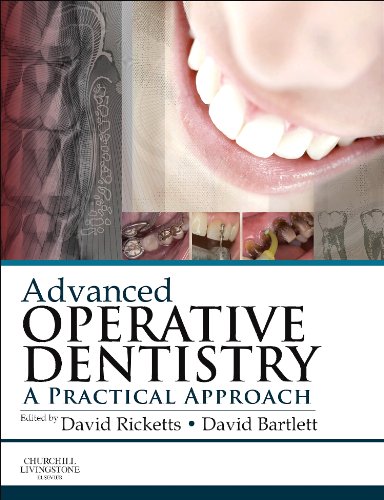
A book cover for Advanced Operative Dentistry: A Practical Approach, 1e; Medical Books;